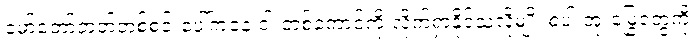
မော်တော်ဘုတ်တစ်စင်းပေါ်ကနေ ငါးတစ်ကောင်ကို လိုက်ရှာနိုင်သလိုမျိုး စပါးအုံးမြွေတွေကို